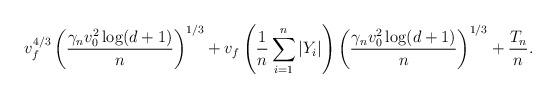
LaTeX: \begin{align*} v_f^{4/3}\left(\frac{\gamma_n{v^2_0}\log(d+1)}{n}\right)^{1/3} + v_f\left(\frac{1}{n}\sum_{i=1}^n|Y_i|\right)\left(\frac{\gamma_n{v^2_0}\log(d+1)}{n}\right)^{1/3} + \frac{T_n}{n}.\end{align*}